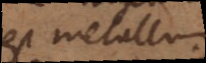
est metallum.